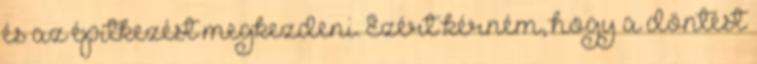
és az építkezést megkezdeni. Ezért kérném, hogy a döntést